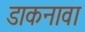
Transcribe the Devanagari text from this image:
डाकनावा